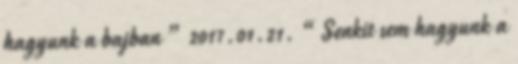
hagyunk a bajban ” 2017.01.21. “Senkit sem hagyunk a